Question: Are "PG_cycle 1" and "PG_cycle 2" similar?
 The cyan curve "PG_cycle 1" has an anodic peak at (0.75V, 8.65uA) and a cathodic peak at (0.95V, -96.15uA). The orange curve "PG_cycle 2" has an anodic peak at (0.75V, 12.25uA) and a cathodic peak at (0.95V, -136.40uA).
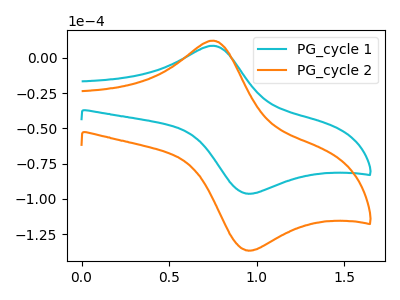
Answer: <think>All the peaks in "PG_cycle 1" have a peak in "PG_cycle 2" at the same potential. Every peak in "PG_cycle 1" is lower than every peak in "PG_cycle 2".
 </think>
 <answer>"PG_cycle 1" and "PG_cycle 2" are similar in shape.</answer>
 <eval>same_shape</eval>